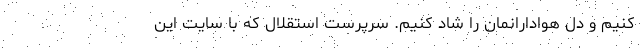
کنیم و دل هوادارانمان را شاد کنیم. سرپرست استقلال که با سایت این